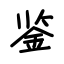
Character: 鉴